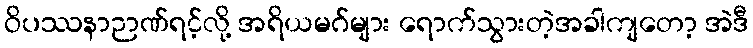
ဝိပဿနာဉာဏ်ရင့်လို့ အရိယမဂ်များ ရောက်သွားတဲ့အခါကျတော့ အဲဒီ